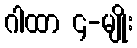
ဂါထာ ၄-မျိုး